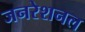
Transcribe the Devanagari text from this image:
जनरेशनल